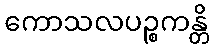
ကောသလပဉ္စကန္တိ